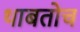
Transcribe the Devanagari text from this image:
थाबतोच